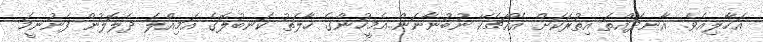
އަހާލިއެވެ. އާނދައްތަ އިތުރަކަށް އެއްޗެކޭ ނުބުނާނަން..އެމީހުންގެ ހާލަތު ކަނބުލޮގެ އަމިއްލަ ދެލޮލުން ފެނުނީމަ